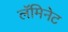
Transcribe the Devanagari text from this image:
लॅमिनेट